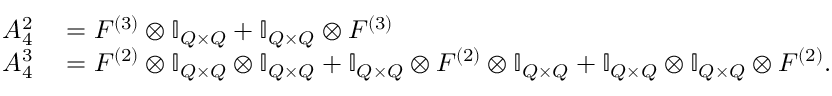
\begin{array} { r l } { A _ { 4 } ^ { 2 } } & { { } = F ^ { ( 3 ) } \otimes \ensuremath { \mathbb { I } _ { Q \times Q } } + \ensuremath { \mathbb { I } _ { Q \times Q } } \otimes F ^ { ( 3 ) } } \\ { A _ { 4 } ^ { 3 } } & { { } = F ^ { ( 2 ) } \otimes \ensuremath { \mathbb { I } _ { Q \times Q } } \otimes \ensuremath { \mathbb { I } _ { Q \times Q } } + \ensuremath { \mathbb { I } _ { Q \times Q } } \otimes F ^ { ( 2 ) } \otimes \ensuremath { \mathbb { I } _ { Q \times Q } } + \ensuremath { \mathbb { I } _ { Q \times Q } } \otimes \ensuremath { \mathbb { I } _ { Q \times Q } } \otimes F ^ { ( 2 ) } . } \end{array}